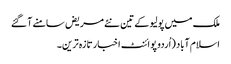
ملک میں پولیو کے تین نئے مریض سامنے آ گئے
اسلام آباد (اُردو پوائنٹ اخبار تازہ ترین۔